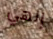
إلهي